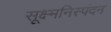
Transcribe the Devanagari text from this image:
सूक्ष्मनिस्पंदन